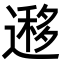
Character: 𨖨